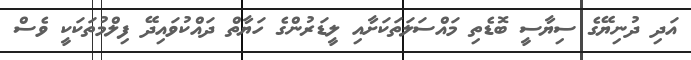
އަދި ދުނިޔޭގެ ސިޔާސީ ބޮޑެތި މައްސަލަތަކަށާއި ލީޑަރުންގެ ހަޔާތް ދައްކުވައިދޭ ފިލްމުތަކަކީ ވެސް